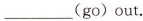
___(go) out.